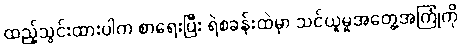
ထည့်သွင်းထားပါက စာရေးပြီး ရဲစခန်းထဲမှာ သင်ယူမှုအတွေ့အကြုံကို